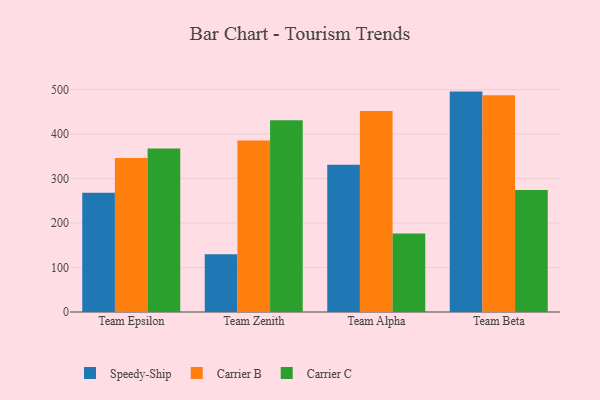
{"axis": {"x": "Team", "y": "Energy Usage (MWh)"}, "legend": ["Carrier B", "Carrier C", "Speedy-Ship"], "data": [{"x": "Team Epsilon", "y": 267.9, "type": "Speedy-Ship"}, {"x": "Team Epsilon", "y": 345.9, "type": "Carrier B"}, {"x": "Team Epsilon", "y": 367.7, "type": "Carrier C"}, {"x": "Team Zenith", "y": 129.6, "type": "Speedy-Ship"}, {"x": "Team Zenith", "y": 385.3, "type": "Carrier B"}, {"x": "Team Zenith", "y": 431.0, "type": "Carrier C"}, {"x": "Team Alpha", "y": 331.2, "type": "Speedy-Ship"}, {"x": "Team Alpha", "y": 451.8, "type": "Carrier B"}, {"x": "Team Alpha", "y": 176.2, "type": "Carrier C"}, {"x": "Team Beta", "y": 495.4, "type": "Speedy-Ship"}, {"x": "Team Beta", "y": 487.1, "type": "Carrier B"}, {"x": "Team Beta", "y": 274.3, "type": "Carrier C"}]}